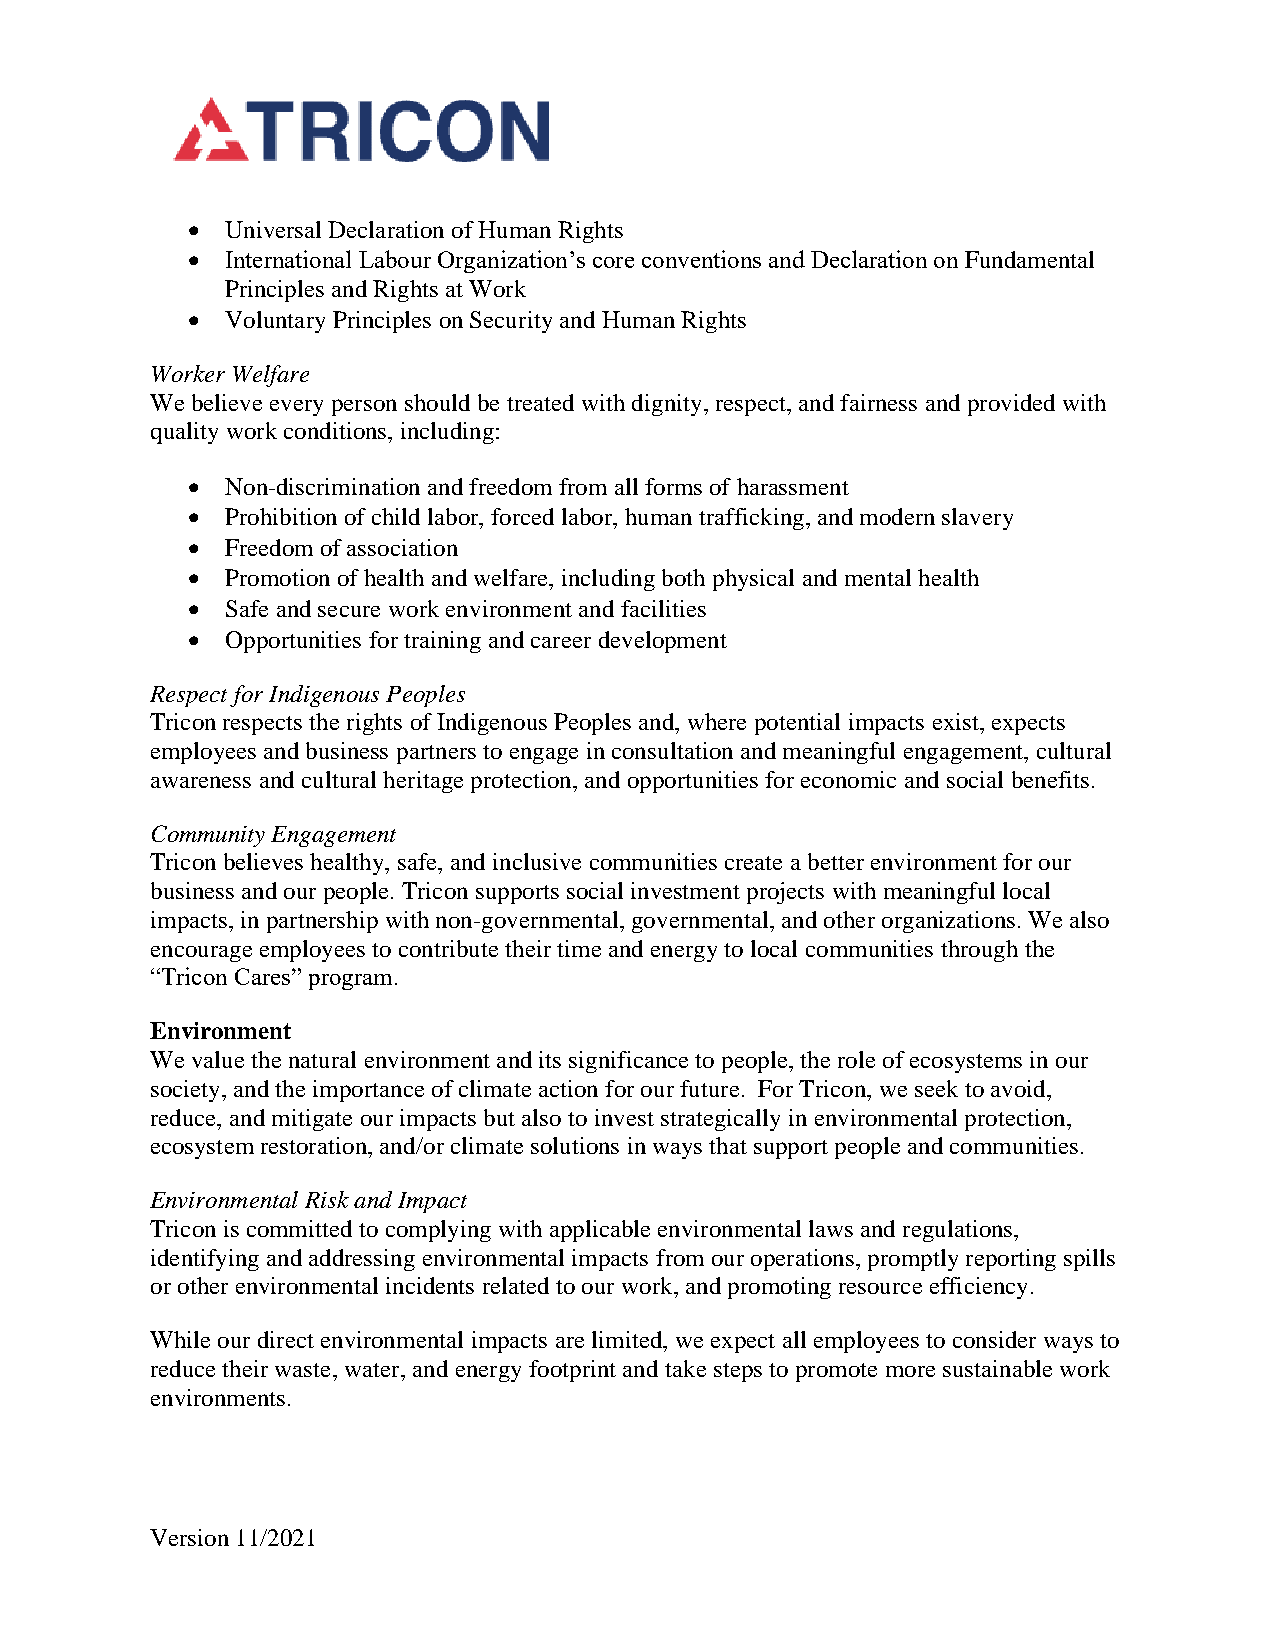
•  Universal Declaration of Human Rights
 •  International Labour Organization’s core conventions and Declaration on Fundamental
 Principles and Rights at Work
 •  Voluntary Principles on Security and Human Rights
 Worker Welfare
 We believe every person should be treated with dignity, respect, and fairness and provided with
 quality work conditions, including:
 •  Non-discrimination and freedom from all forms of harassment
 •  Prohibition of child labor, forced labor, human trafficking, and modern slavery
 •  Freedom of association
 •  Promotion of health and welfare, including both physical and mental health
 •  Safe and secure work environment and facilities
 •  Opportunities for training and career development
 Respect for Indigenous Peoples
 Tricon respects the rights of Indigenous Peoples and, where potential impacts exist, expects
 employees and business partners to engage in consultation and meaningful engagement, cultural
 awareness and cultural heritage protection, and opportunities for economic and social benefits.
 Community Engagement
 Tricon believes healthy, safe, and inclusive communities create a better environment for our
 business and our people. Tricon supports social investment projects with meaningful local
 impacts, in partnership with non-governmental, governmental, and other organizations. We also
 encourage employees to contribute their time and energy to local communities through the
 “Tricon Cares” program.
 Environment
 We value the natural environment and its significance to people, the role of ecosystems in our
 society, and the importance of climate action for our future. For Tricon, we seek to avoid,
 reduce, and mitigate our impacts but also to invest strategically in environmental protection,
 ecosystem restoration, and/or climate solutions in ways that support people and communities.
 Environmental Risk and Impact
 Tricon is committed to complying with applicable environmental laws and regulations,
 identifying and addressing environmental impacts from our operations, promptly reporting spills
 or other environmental incidents related to our work, and promoting resource efficiency.
 While our direct environmental impacts are limited, we expect all employees to consider ways to
 reduce their waste, water, and energy footprint and take steps to promote more sustainable work
 environments.
 Version 11/2021